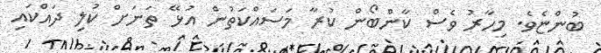
ބުންޏެވެ. މިހާރު ވެސް ކާންބޯން ކުރާ މަސައްކަތުން އުޅޭ ތަނަށް ކުލި ދައްކައި